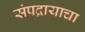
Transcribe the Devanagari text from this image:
संपद्रायाचा